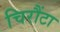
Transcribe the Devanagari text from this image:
चिरौंटा